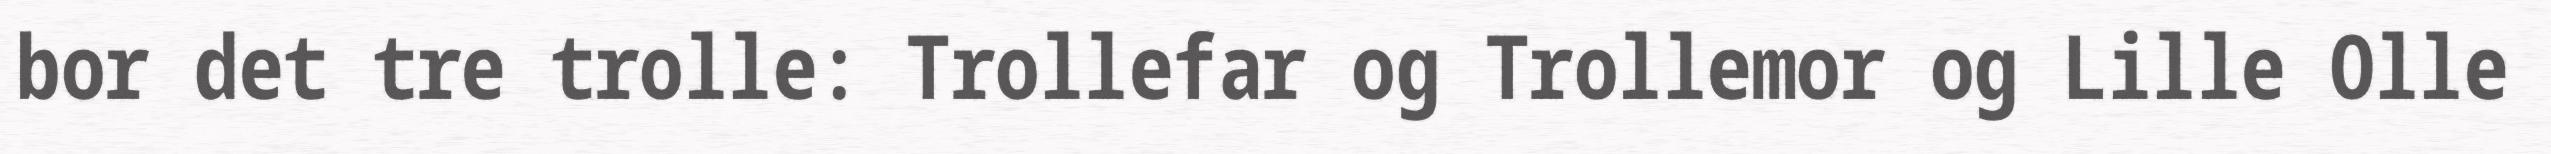
bor det tre trolle: Trollefar og Trollemor og Lille Olle